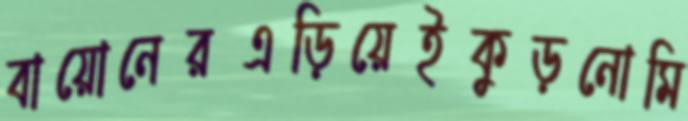
বায়োনেরএড়িয়েইকুড়নোমি